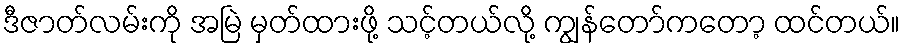
ဒီဇာတ်လမ်းကို အမြဲ မှတ်ထားဖို့ သင့်တယ်လို့ ကျွန်တော်ကတော့ ထင်တယ်။